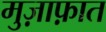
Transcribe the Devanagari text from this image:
मुज़ाफ़ात